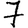
Digit: 7